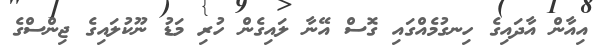
އިއާން އާދައިގެ ހިނގުމެއްގައި ގޮސް އޭނާ ލައިގެން ހުރި މަޑު ނޫކުލައިގެ ޖިންސްގެ